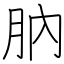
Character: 肭